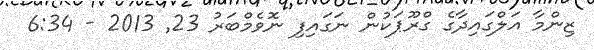
ޒިންމާ އަލްގައިދާގެ ގްރޫޕަކުން ނަގައިފި ނޮވެމްބަރު 23